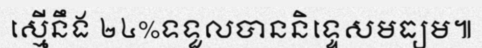
ស្មើនឹង ២៤%ទទួលបាននិទ្ទេសមធ្យម៕